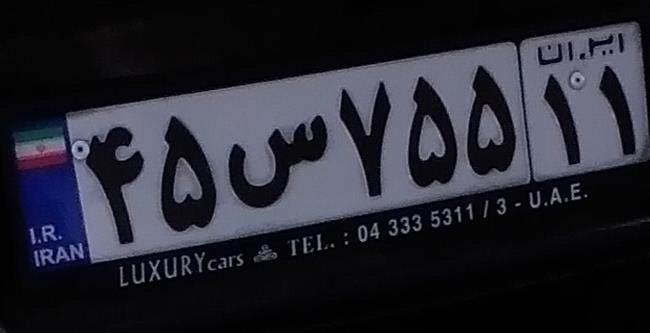
۴۵س۷۵۵۱۱